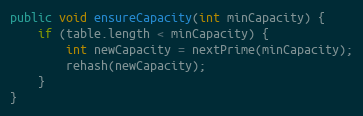
Language: Java
public void ensureCapacity(int minCapacity) {
	if (table.length < minCapacity) {
		int newCapacity = nextPrime(minCapacity);
		rehash(newCapacity);
	}
}